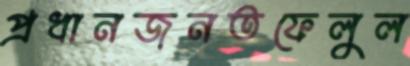
প্রধানজনতফেলুল